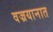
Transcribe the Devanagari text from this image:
वज्रयानात